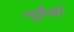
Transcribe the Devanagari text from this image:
पूर्वंजों